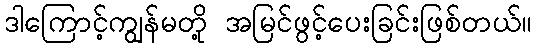
ဒါကြောင့်ကျွန်မတို့ အမြင်ဖွင့်ပေးခြင်းဖြစ်တယ်။